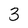
Character: 3